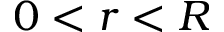
0 < r < R